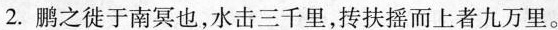
2.鹏之徙于南冥也，水击三千里，抟扶摇而上者九万里。